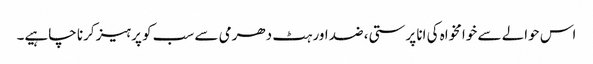
اس حوالے سے خوامخواہ کی انا پرستی، ضد اور ہٹ دھرمی سے سب کو پرہیز کرنا چاہیے۔